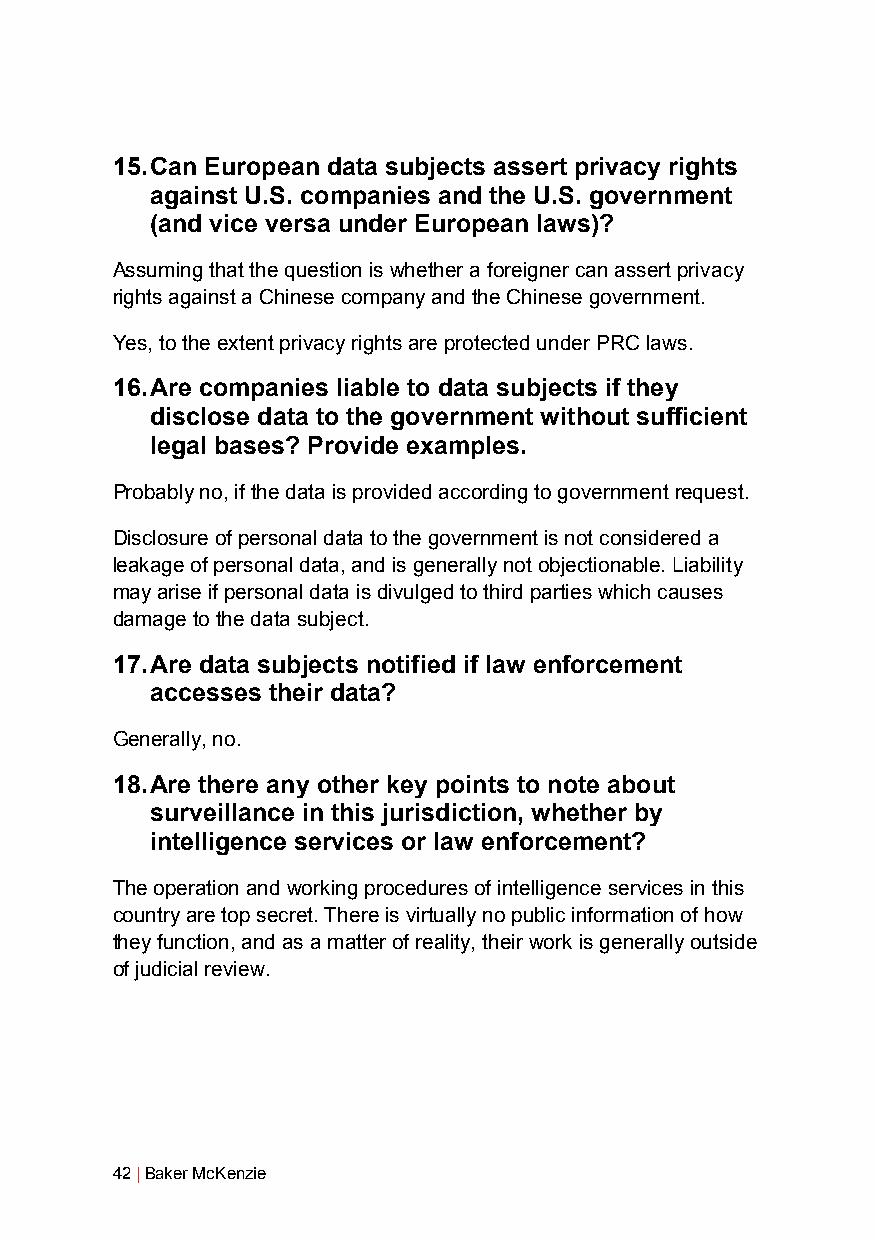
15. Can European data subjects assert privacy rights
 against U.S. companies and the U.S. government
 (and vice versa under European laws)?
 Assuming that the question is whether a foreigner can assert privacy
 rights against a Chinese company and the Chinese government.
 Yes, to the extent privacy rights are protected under PRC laws.
 16. Are companies liable to data subjects if they
 disclose data to the government without sufficient
 legal bases? Provide examples.
 Probably no, if the data is provided according to government request.
 Disclosure of personal data to the government is not considered a
 leakage of personal data, and is generally not objectionable. Liability
 may arise if personal data is divulged to third parties which causes
 damage to the data subject.
 17. Are data subjects notified if law enforcement
 accesses their data?
 Generally, no.
 18. Are there any other key points to note about
 surveillance in this jurisdiction, whether by
 intelligence services or law enforcement?
 The operation and working procedures of intelligence services in this
 country are top secret. There is virtually no public information of how
 they function, and as a matter of reality, their work is generally outside
 of judicial review.
 42 | Baker McKenzie